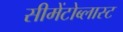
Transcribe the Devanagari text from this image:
सीमेंटोब्लास्ट